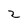
Character: 2